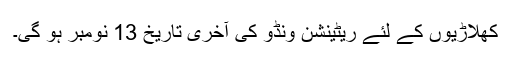
کھلاڑیوں کے لئے ریٹینشن ونڈو کی آخری تاریخ 13 نومبر ہو گی۔